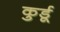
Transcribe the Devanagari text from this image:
कुर्डू